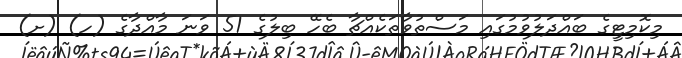
މިކޮމިޓީގެ ބައްދަލުވުމުގައި މަސްތުވާތަކެއްޗާ ބެހޭ ބިލުގެ 51 ވަނަ މާއްދާގެ (ހ) (ށ)